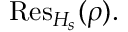
{ \mathrm { R e s } } _ { H _ { s } } ( \rho ) .